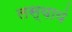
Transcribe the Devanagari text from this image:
लस्यायं